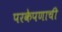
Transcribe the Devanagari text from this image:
परकेपणाची